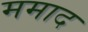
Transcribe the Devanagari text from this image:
ममाद